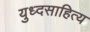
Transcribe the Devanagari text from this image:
युध्दसाहित्य